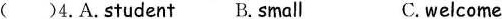
( )4. A. Student B. Small C. welcome